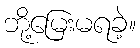
ဘို့မြေးမရခဲ့။